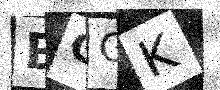
Text: BCGK